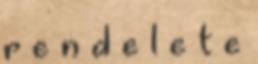
r e n d e l e t e